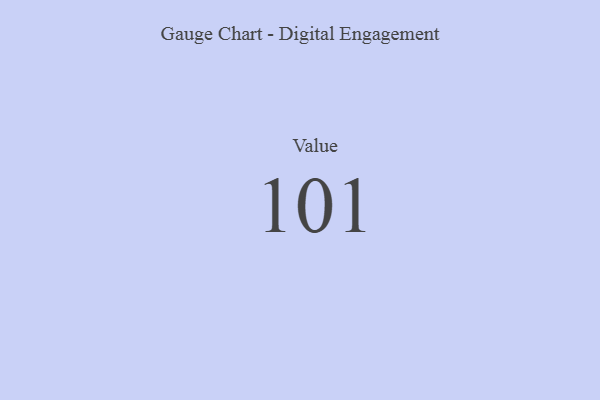
{"axis": {"x": "Metric", "y": "Value"}, "legend": [""], "data": [{"x": "Value", "y": 101, "type": ""}]}